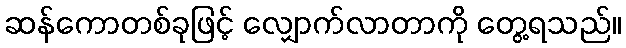
ဆန်ကောတစ်ခုဖြင့် လျှောက်လာတာကို တွေ့ရသည်။